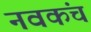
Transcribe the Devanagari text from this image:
नवकंच